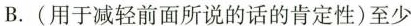
B.(用于减轻前面所说的话的肯定性)至少